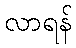
လာရန်